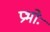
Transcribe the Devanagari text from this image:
प्रभोः